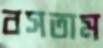
বসতাম